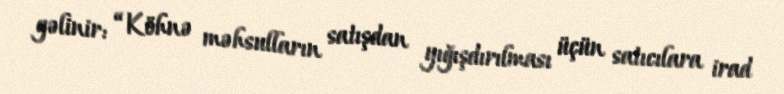
gəlinir: “Köhnə məhsulların satışdan yığışdırılması üçün satıcılara irad